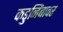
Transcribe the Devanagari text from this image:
कडुनिंबावर